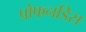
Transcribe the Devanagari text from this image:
प्रोफनडिस